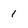
Character: 1